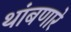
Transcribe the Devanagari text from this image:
थांबणारे